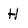
Character: H